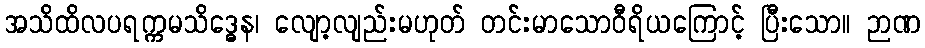
အသိထိလပရက္ကမသိဒ္ဓေန၊ လျော့လျည်းမဟုတ် တင်းမာသောဝီရိယကြောင့် ပြီးသော။ ဉာဏ